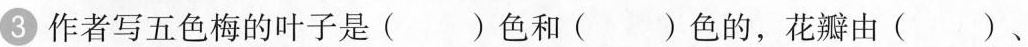
3作者写五色梅的叶子是( )色和( )色的，花瓣由( )、